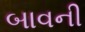
બાવની